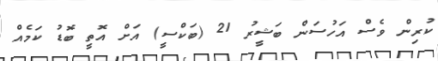
ކުރިން ވެސް އަހުސަން ބަޝީރު 21 (ބަކްސީ) އަށް އޮތީ ބޮޑު ކަމެއް